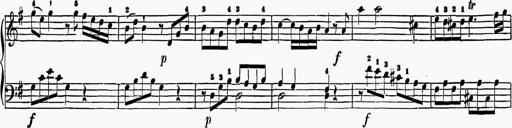
Title: 6 Sonatas
Composer: Muzio Clementi